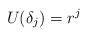
LaTeX: \begin{align*} U(\delta_j)=r^j \end{align*}